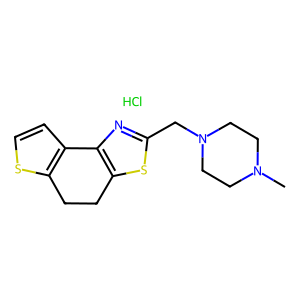
SMILES: CN1CCN(Cc2nc3c(s2)CCc2sccc2-3)CC1.Cl
Inhibits HIV replication: No